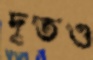
দূতও